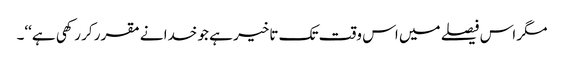
مگر اس فیصلے میں اس وقت تک تاخیر ہے جو خدا نے مقرر کر رکھی ہے‘‘۔